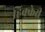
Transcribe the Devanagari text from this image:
हिक्केरी